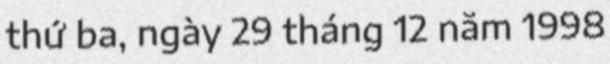
thứ ba, ngày 29 tháng 12 năm 1998